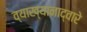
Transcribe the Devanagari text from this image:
व्याख्यानाद्वारे